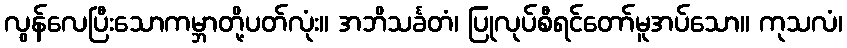
လွန်လေပြီးသောကမ္ဘာတို့ပတ်လုံး။ အဘိသင်္ခတံ၊ ပြုလုပ်စီရင်တော်မူအပ်သော။ ကုသလံ၊